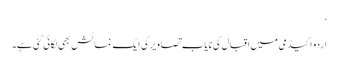
‘
اردو اکیڈمی میں اقبال کی نایاب تصاویر کی ایک نمائش بھی لگائی گئی ہے۔